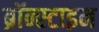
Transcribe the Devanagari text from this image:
ब्रॉन्स्टाइन